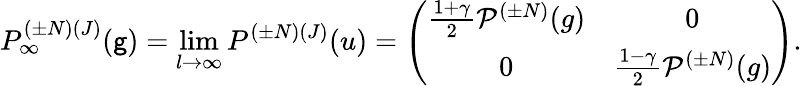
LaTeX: P_{\infty}^{({\pm}N)(J)}(\mathsf{g})=\operatorname*{lim}_{l{\rightarrow}{\infty}}P^{({\pm}N)(J)}(u)=\left(\begin{array}{cc}{{\frac{1+{\gamma}}{2}{\cal P}^{({\pm}N)}(g)}}&{{0}}\\ {{0}}&{{\frac{1-{\gamma}}{2}{\cal P}^{({\pm}N)}(g)}}\end{array}\right).